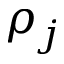
\rho _ { j }